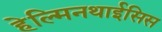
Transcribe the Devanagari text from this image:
हेल्मिनथाईसिस